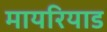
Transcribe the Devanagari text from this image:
मायरियाड